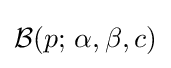
{\mathcal {B}}(p;\,\alpha ,\beta ,c)